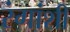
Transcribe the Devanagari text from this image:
रंगांशी